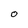
Character: O